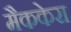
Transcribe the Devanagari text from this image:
मैककेरा